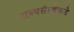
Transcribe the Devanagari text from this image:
राज्यसंस्थेकडे